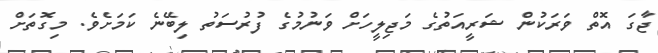
ޖާގަ އޮތް ވަރަކުން ޝަރީއަތުގެ މަޖިލީހަށް ވަނުމުގެ ފުރުސަތު ލިބޭނެ ކަމަށެވެ. މިގޮތަށް